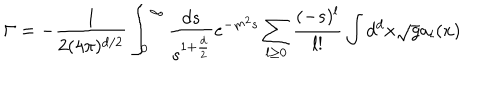
\Gamma = - { \frac { 1 } { 2 ( 4 \pi ) ^ { d / 2 } } } \int _ { 0 } ^ { \infty } { \frac { d s } { s ^ { 1 + { \frac { d } { 2 } } } } } e ^ { - m ^ { 2 } s } \sum _ { l \geq 0 } { \frac { ( - s ) ^ { l } } { l ! } } \int d ^ { d } x \sqrt g a _ { l } ( x )